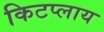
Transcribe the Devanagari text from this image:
किटप्लाय